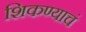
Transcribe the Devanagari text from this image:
शिकण्याचं